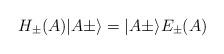
LaTeX: \begin{align*}H_\pm (A)\vert A\pm\rangle =\vert A\pm\rangle E_\pm (A)\end{align*}